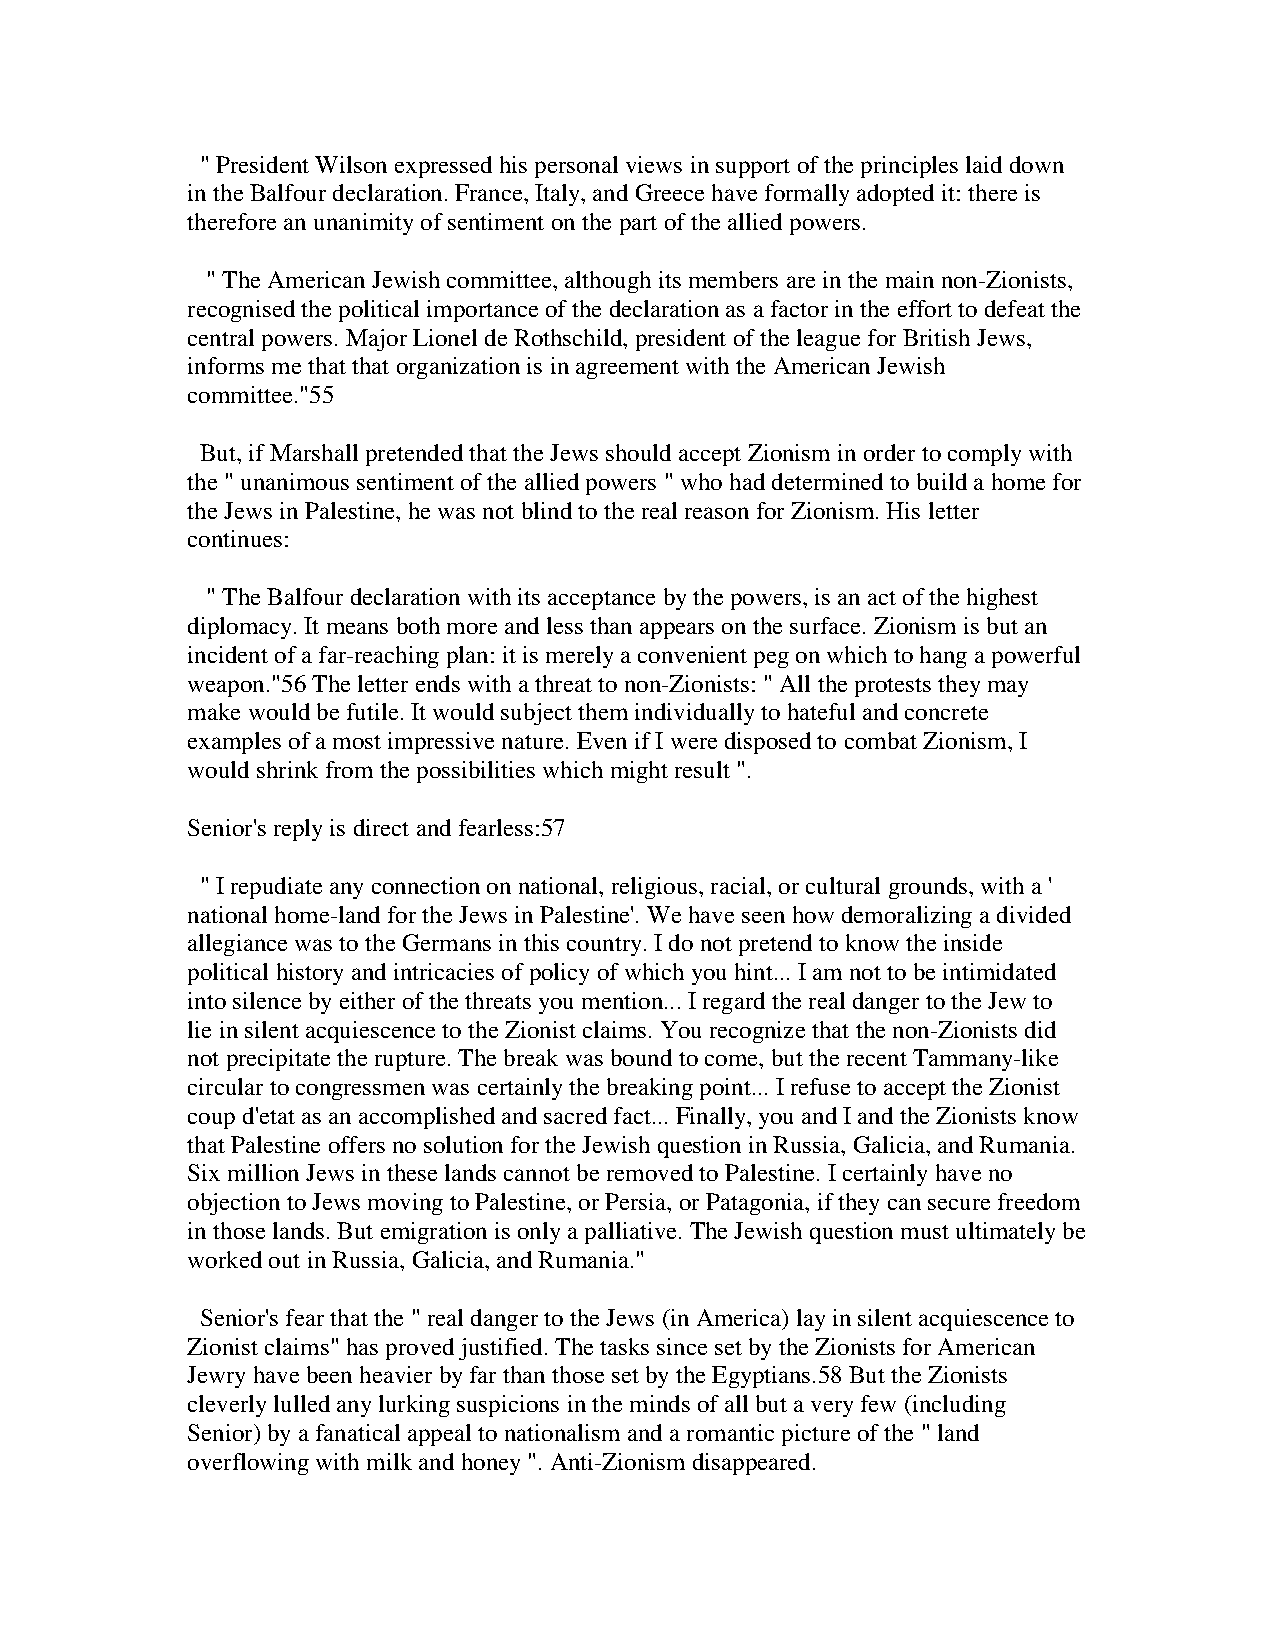
" President Wilson expressed his personal views in support of the principles laid down
 in the Balfour declaration. France, Italy, and Greece have formally adopted it: there is
 therefore an unanimity of sentiment on the part of the allied powers.
 " The American Jewish committee, although its members are in the main non-Zionists,
 recognised the political importance of the declaration as a factor in the effort to defeat the
 central powers. Major Lionel de Rothschild, president of the league for British Jews,
 informs me that that organization is in agreement with the American Jewish
 committee."55
 But, if Marshall pretended that the Jews should accept Zionism in order to comply with
 the " unanimous sentiment of the allied powers " who had determined to build a home for
 the Jews in Palestine, he was not blind to the real reason for Zionism. His letter
 continues:
 " The Balfour declaration with its acceptance by the powers, is an act of the highest
 diplomacy. It means both more and less than appears on the surface. Zionism is but an
 incident of a far-reaching plan: it is merely a convenient peg on which to hang a powerful
 weapon."56 The letter ends with a threat to non-Zionists: " All the protests they may
 make would be futile. It would subject them individually to hateful and concrete
 examples of a most impressive nature. Even if I were disposed to combat Zionism, I
 would shrink from the possibilities which might result ".
 Senior's reply is direct and fearless:57
 " I repudiate any connection on national, religious, racial, or cultural grounds, with a '
 national home-land for the Jews in Palestine'. We have seen how demoralizing a divided
 allegiance was to the Germans in this country. I do not pretend to know the inside
 political history and intricacies of policy of which you hint... I am not to be intimidated
 into silence by either of the threats you mention... I regard the real danger to the Jew to
 lie in silent acquiescence to the Zionist claims. You recognize that the non-Zionists did
 not precipitate the rupture. The break was bound to come, but the recent Tammany-like
 circular to congressmen was certainly the breaking point... I refuse to accept the Zionist
 coup d'etat as an accomplished and sacred fact... Finally, you and I and the Zionists know
 that Palestine offers no solution for the Jewish question in Russia, Galicia, and Rumania.
 Six million Jews in these lands cannot be removed to Palestine. I certainly have no
 objection to Jews moving to Palestine, or Persia, or Patagonia, if they can secure freedom
 in those lands. But emigration is only a palliative. The Jewish question must ultimately be
 worked out in Russia, Galicia, and Rumania."
 Senior's fear that the " real danger to the Jews (in America) lay in silent acquiescence to
 Zionist claims" has proved justified. The tasks since set by the Zionists for American
 Jewry have been heavier by far than those set by the Egyptians.58 But the Zionists
 cleverly lulled any lurking suspicions in the minds of all but a very few (including
 Senior) by a fanatical appeal to nationalism and a romantic picture of the " land
 overflowing with milk and honey ". Anti-Zionism disappeared.